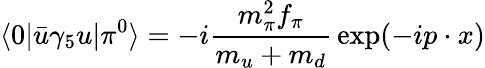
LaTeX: \langle 0|\bar{u}\gamma_{5}u|\pi^{0}\rangle=-i{\frac{m_{\pi}^{2}f_{\pi}}{m_{u}+m_{d}}}\exp(-ip\cdot x)